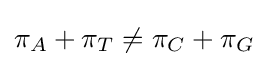
\pi _{A}+\pi _{T}\neq \pi _{C}+\pi _{G}